Scottish Leaving Certificate Examination, 1958
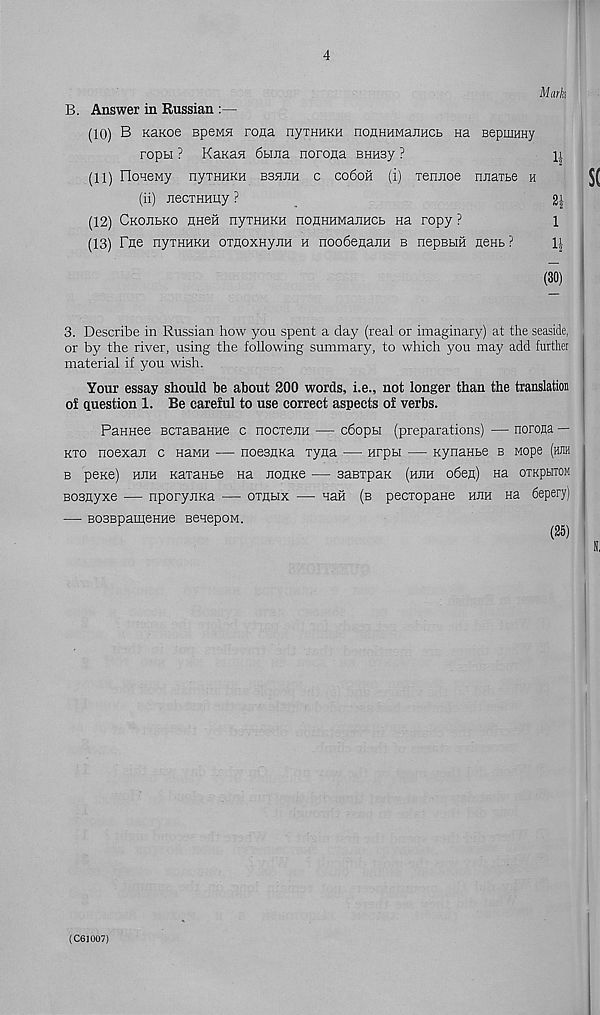
4
Mark
B. Answer in Russian :—
(10) B Kaicoe epeMH rona nyxHHKH noHHHManHCb aa BepuiHHy
ropti ? KaKaa 6biJia norona BHusy ?
H
(11) FIoaeMy nyTHHKH bshjih c co6oh (i) xennoe nnaxbe h
(ii) JiecxHHny ?
2|
(12) Ckojibko HHeii nyxHHKH noHHUManacb aa ropy ?
1
(13) Fne nyxHHKH oxjioxHyjiH a noodenajia b nepBbm neab ?
1|
(30)
3. Describe in Russian how you spent a day (real or imaginary) at the seaside,
or by the river, using the following summary, to which you may add further
material if you wish.
Your essay should be about 200 words, i.e., not longer than the translation
of question 1. Be careful to use correct aspects of verbs.
PanHee BcxaBanne c nocxena — c6opbi (preparations) — norona —
kxo noexan c Hawn — noesflKa xyna — Hrpbi — Kynanbe b Mope (hjih
b pexe) huh Kaxanbe na JionKe — saBxpaK (hjih o6en) na otkphtom
Bosnyxe — nporyiiKa — oxnux — nafi. (b pecxopane hjih Ha 6epery)
— BOBBpamenHe BenepoM.
^
(C63007)